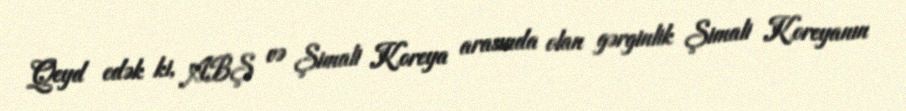
Qeyd edək ki, ABŞ və Şimali Koreya arasında olan gərginlik Şimali Koreyanın